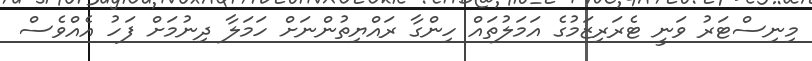
މިނިސްޓަރު ވަނީ ޓެރަރިޒަމުގެ އަމަލުތައް ހިންގާ ރައްޔިތުންނަށް ހަމަލާ ދިނުމަށް ފަހު އެއްވެސް